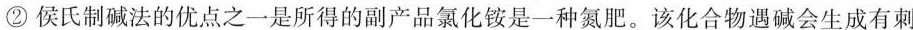
②侯氏制碱法的优点之一是所得的副产品氯化铵是一种氮肥。该化合物遇碱会生成有刺